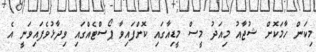
މިކަން ހާމަކޮށް ޝުޖާއު މިއަދު މީސް މީޑިއާގައި ކޮށްފައިވާ ޕޯސްޓެއްގައި ވިދާޅުވެފައިވަނީ އެ